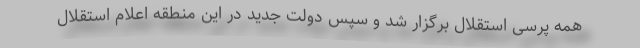
همه پرسی استقلال برگزار شد و سپس دولت جدید در این منطقه اعلام استقلال